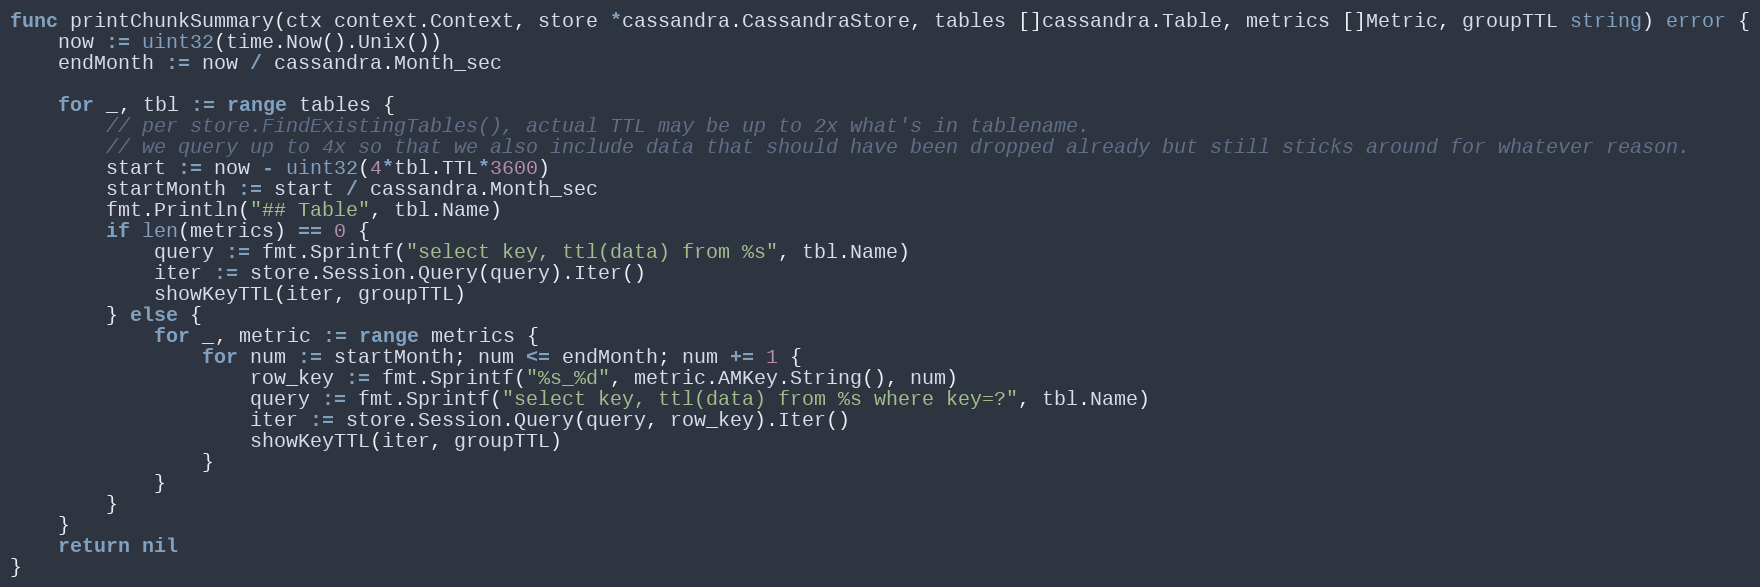
Language: Go
func printChunkSummary(ctx context.Context, store *cassandra.CassandraStore, tables []cassandra.Table, metrics []Metric, groupTTL string) error {
	now := uint32(time.Now().Unix())
	endMonth := now / cassandra.Month_sec

	for _, tbl := range tables {
		// per store.FindExistingTables(), actual TTL may be up to 2x what's in tablename.
		// we query up to 4x so that we also include data that should have been dropped already but still sticks around for whatever reason.
		start := now - uint32(4*tbl.TTL*3600)
		startMonth := start / cassandra.Month_sec
		fmt.Println("## Table", tbl.Name)
		if len(metrics) == 0 {
			query := fmt.Sprintf("select key, ttl(data) from %s", tbl.Name)
			iter := store.Session.Query(query).Iter()
			showKeyTTL(iter, groupTTL)
		} else {
			for _, metric := range metrics {
				for num := startMonth; num <= endMonth; num += 1 {
					row_key := fmt.Sprintf("%s_%d", metric.AMKey.String(), num)
					query := fmt.Sprintf("select key, ttl(data) from %s where key=?", tbl.Name)
					iter := store.Session.Query(query, row_key).Iter()
					showKeyTTL(iter, groupTTL)
				}
			}
		}
	}
	return nil
}